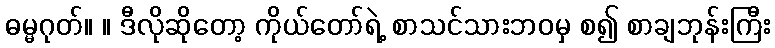
ဓမ္မဂုတ်။ ။ ဒီလိုဆိုတော့ ကိုယ်တော်ရဲ့ စာသင်သားဘဝမှ စ၍ စာချဘုန်းကြီး